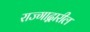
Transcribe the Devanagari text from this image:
राज्गाद्वारील